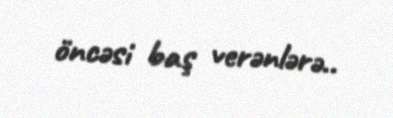
öncəsi baş verənlərə..